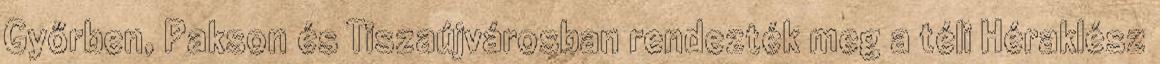
Győrben, Pakson és Tiszaújvárosban rendezték meg a téli Héraklész